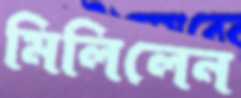
মিলিলেন